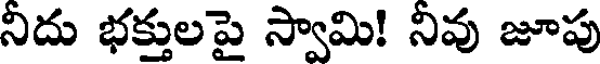
నిదు భక్తులపై స్వామి! నివు జూపు